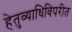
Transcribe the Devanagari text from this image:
हेतुव्याधिविपरीत